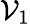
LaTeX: {\cal V}_{1}